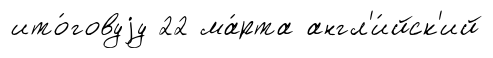
ито́говуjу 22 ма́рта англ'и́йск'ий